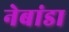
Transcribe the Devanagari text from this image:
नेबांडा